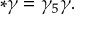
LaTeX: \ast \gamma = \gamma _ { 5 } \gamma .